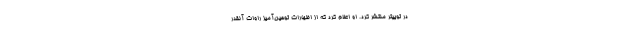
در توییتر منتشر کرد. او اعلام کرد که از اظهارات توهین‌آمیز راوات آنقدر